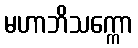
မဟာဘိသက္ကော